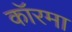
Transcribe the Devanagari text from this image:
कॉरमा